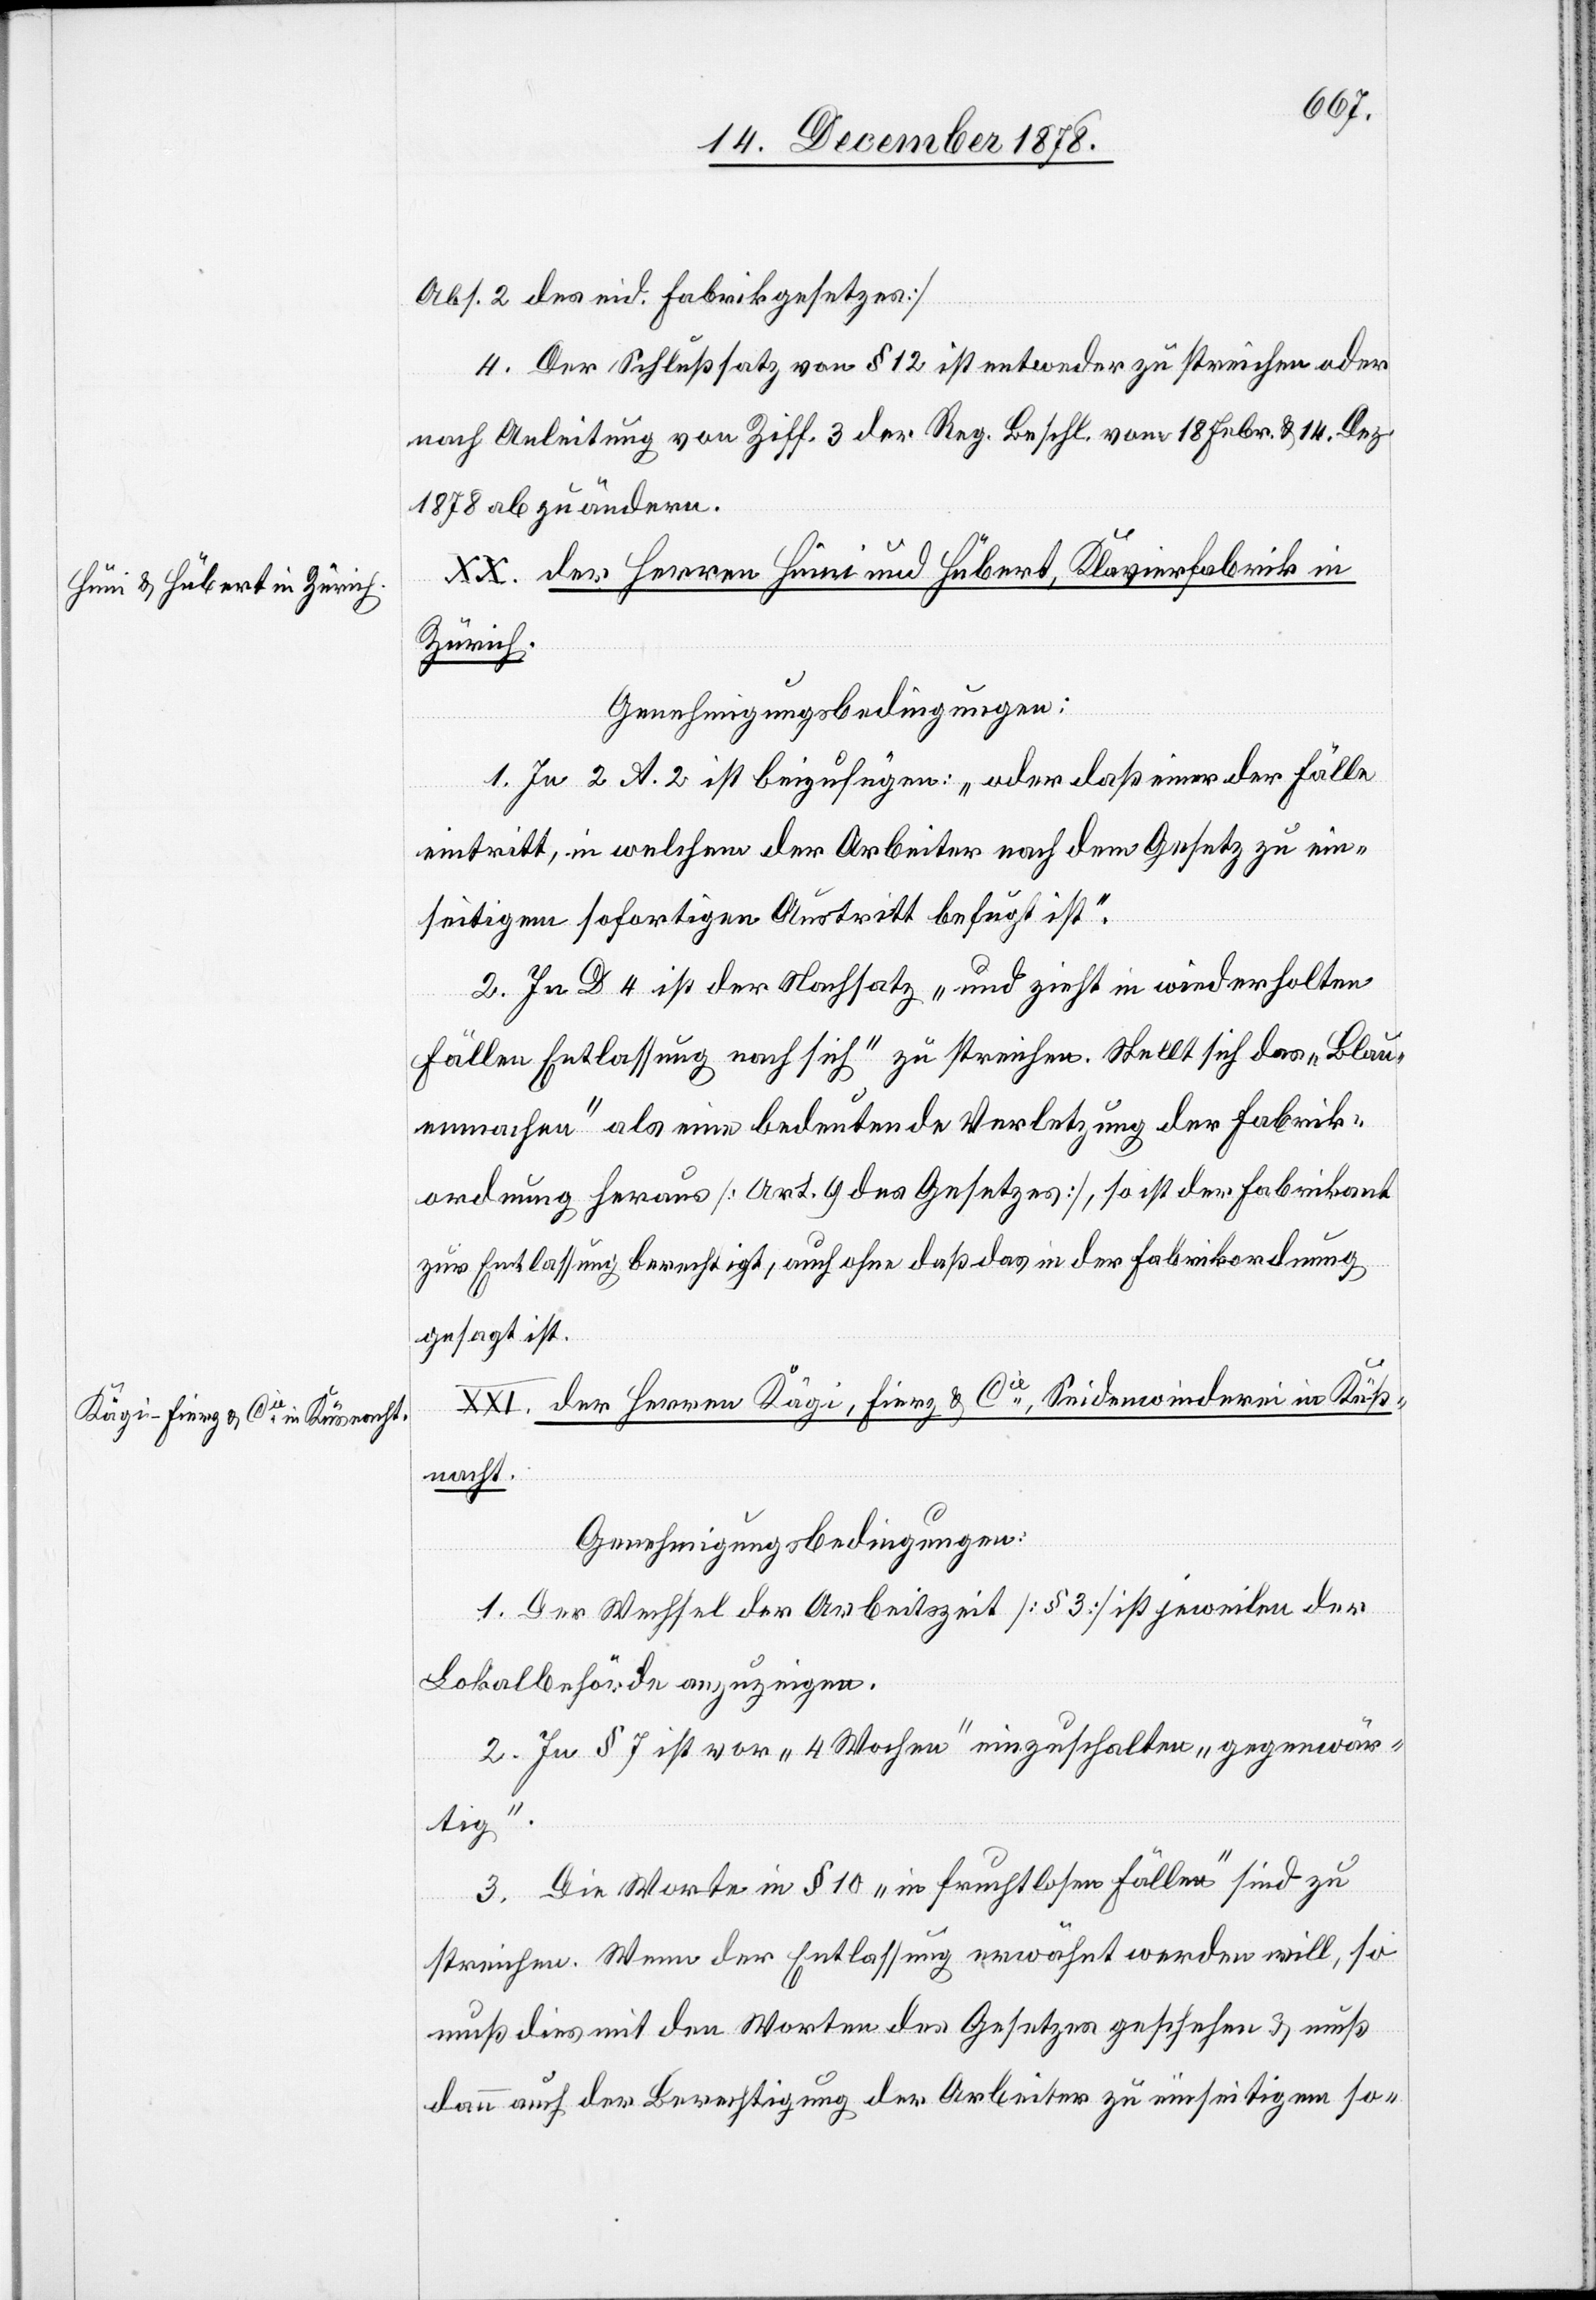
Abs. 2 des eid. Fabrikgesetzes]
4. Der Schlußsatz von § 12 ist entweder zu streichen oder
nach Anleitung von Ziff. 3 der Reg. Beschl. vom 18. Febr. & 14. Dez.
1878 abzuändern.
XX. der Herren Hüni und Hubert, Klavierfabrik in
Zürich.
Genehmigungsbedingungen:
1. In 2 A. 2 ist beizufügen: „oder daß einer der Fälle
eintritt, in welchem der Arbeiter nach dem Gesetz zu ein¬
seitigem sofortigen Austritt befugt ist.“
2. In D 4 ist der Nachsatz „und zieht in wiederholten
Fällen Entlassung nach sich“ zu streichen. Stellt sich das „Blau¬
machen“ als eine bedeutende Verletzung der Fabrik¬
ordnung heraus [Art. 9 des Gesetzes], so ist der Fabrikant
zur Entlassung berechtigt, auch ohne daß das in der Fabrikordnung
gesagt ist.
XXI. der Herren Kägi, Fierz & Cie, Seidenwinderei in Küß¬
nacht.
Genehmigungsbedingungen:
1. Der Wechsel der Arbeitszeit [§ 3] ist jeweilen der
Lokalbehörde anzuzeigen.
2. In § 7 ist vor „4 Wochen“ einzuschalten „gegenwär¬
tig“.
3. Die Worte in § 10 „in fruchtlosen Fällen“ sind zu
streichen. Wenn der Entlassung erwähnt werden will, so
muß dies mit den Worten des Gesetzes geschehen & muß
dann auf der Bevogtigung der Arbeiter zu einseitigem so-